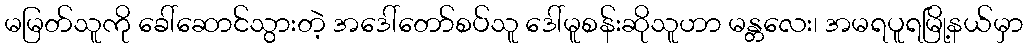
မမြတ်သူကို ခေါ်ဆောင်သွားတဲ့ အဒေါ်တော်စပ်သူ ဒေါ်မူစန်းဆိုသူဟာ မန္တလေး၊ အမရပူရမြို့နယ်မှာ